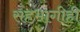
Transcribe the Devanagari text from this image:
सहभागीही